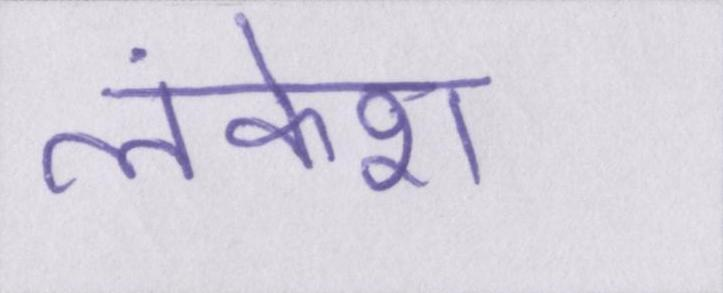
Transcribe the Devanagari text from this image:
लंकेश